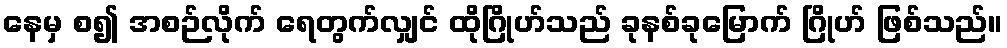
နေမှ စ၍ အစဉ်လိုက် ရေတွက်လျှင် ထိုဂြိုဟ်သည် ခုနစ်ခုမြောက် ဂြိုဟ် ဖြစ်သည်။